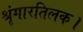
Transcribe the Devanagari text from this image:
श्रृंगारतिलक।